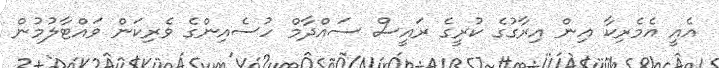
އެއީ އެމެރިކާ އިން އިރާގުގެ ކުރީގެ ރައީސް ސައްދާމް ހުސެއިންގެ ވެރިކަން ވައްޓާލުމުން